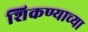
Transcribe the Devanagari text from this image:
शिकण्याच्‍या